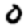
Digit: 0